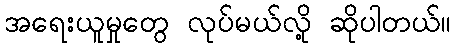
အရေးယူမှုတွေ လုပ်မယ်လို့ ဆိုပါတယ်။